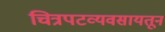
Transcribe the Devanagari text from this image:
चित्रपटव्यवसायतून